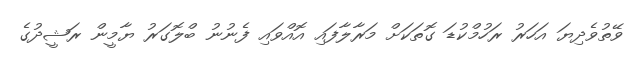
ވޭތުވެދިޔަ އަހަރު ރަހުމްކުޑަ ގޮތަކަށް މަރާލާފައި އޮއްވައި ފެނުނު ބްލޮގަރު ޔާމީން ރަޝީދުގެ